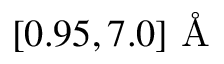
[ 0 . 9 5 , 7 . 0 ] \mathrm { ~ \AA ~ }